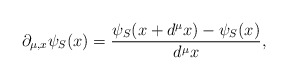
\begin{align*}\partial_{\mu,x}\psi_{S}(x)=\frac{\psi_{S}(x+d^{\mu}x) -\psi_{S}(x)}{d^{\mu}x},\end{align*}